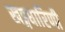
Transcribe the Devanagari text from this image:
खड्गधारिणी